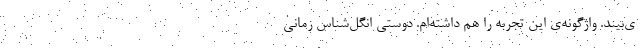
ی‌بیند. واژگونه‌ی این تجربه را هم داشته‌ام. دوستی انگل‌شناس زمانی